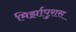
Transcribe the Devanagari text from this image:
मिर्झापुरास